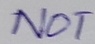
Text: NOT